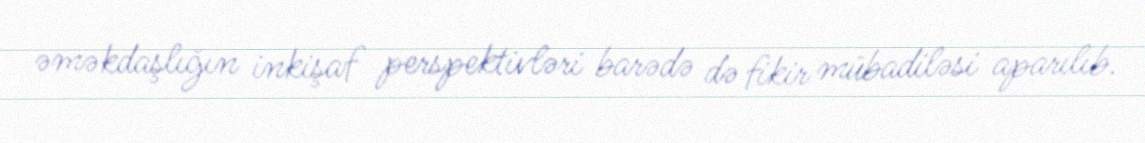
əməkdaşlığın inkişaf perspektivləri barədə də fikir mübadiləsi aparılıb.